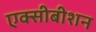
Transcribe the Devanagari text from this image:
एक्सीबीशन